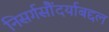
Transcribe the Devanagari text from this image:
निसर्गसौंदर्याबद्दल